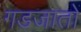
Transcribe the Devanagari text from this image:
गडजातों